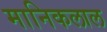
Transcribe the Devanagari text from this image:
मानिकलाल